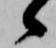
候